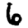
Digit: 6